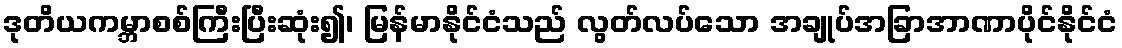
ဒုတိယကမ္ဘာစစ်ကြီးပြီးဆုံး၍၊ မြန်မာနိုင်ငံသည် လွတ်လပ်သော အချုပ်အခြာအာဏာပိုင်နိုင်ငံ